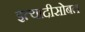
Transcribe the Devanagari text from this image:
इत्यादीसोबत